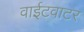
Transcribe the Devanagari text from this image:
वाईटवाटर